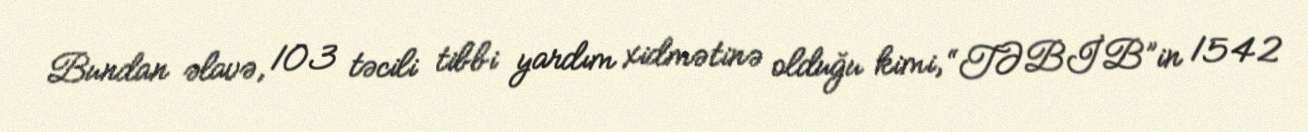
Bundan əlavə, 103 təcili tibbi yardım xidmətinə olduğu kimi, “TƏBİB”in 1542